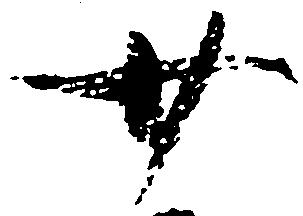
廿